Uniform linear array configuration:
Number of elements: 8
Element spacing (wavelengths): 0.5
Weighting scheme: blackman
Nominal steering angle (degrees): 45
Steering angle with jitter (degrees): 43.558
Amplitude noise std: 0.05
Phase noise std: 0.05

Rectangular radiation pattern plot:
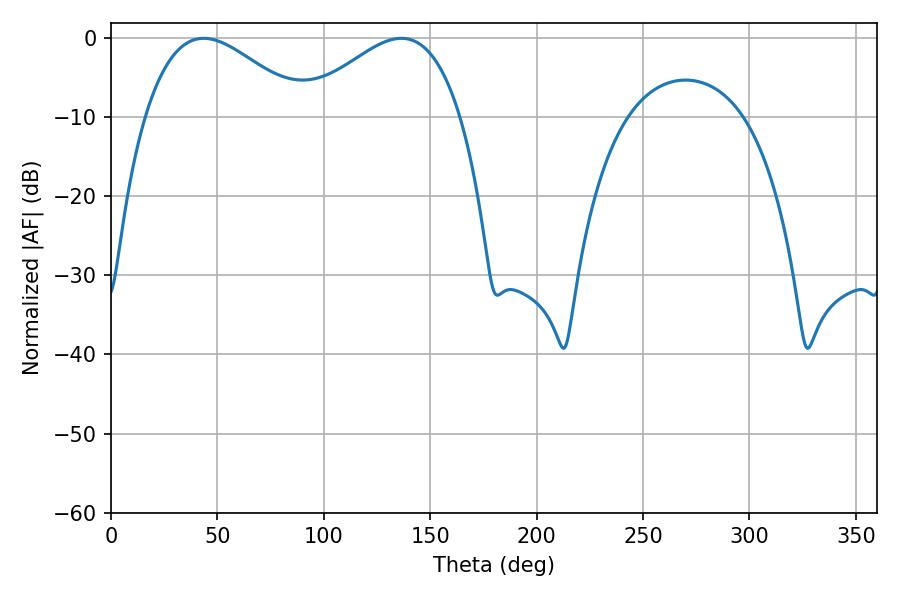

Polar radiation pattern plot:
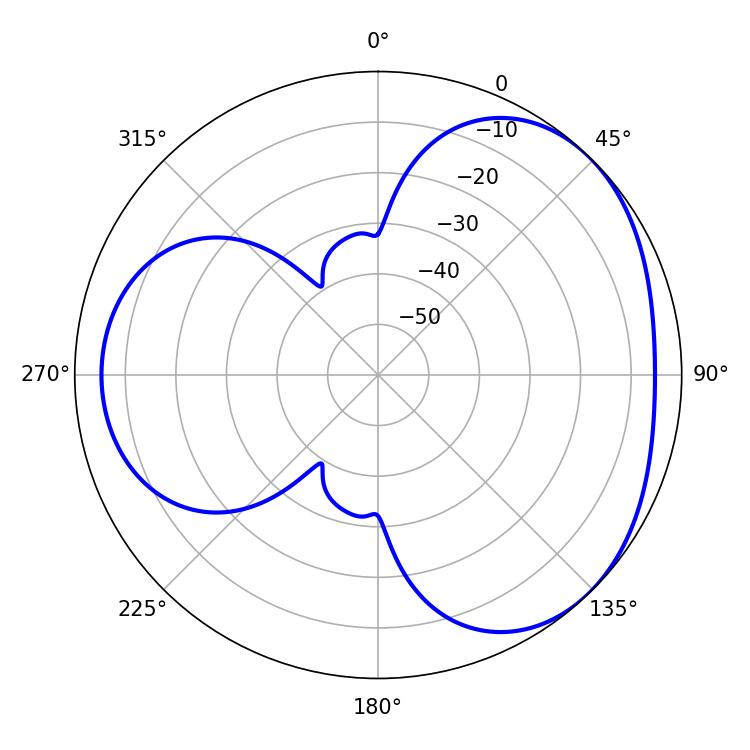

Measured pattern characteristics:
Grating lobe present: FALSE
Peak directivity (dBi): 3.459
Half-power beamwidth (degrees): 40.5
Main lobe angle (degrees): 43.56